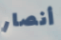
أنصار